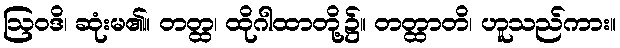
ဩဝဒိ၊ ဆုံးမ၏။ တတ္ထ၊ ထိုဂါထာတို့၌။ တတ္ထာတိ၊ ဟူသည်ကား။